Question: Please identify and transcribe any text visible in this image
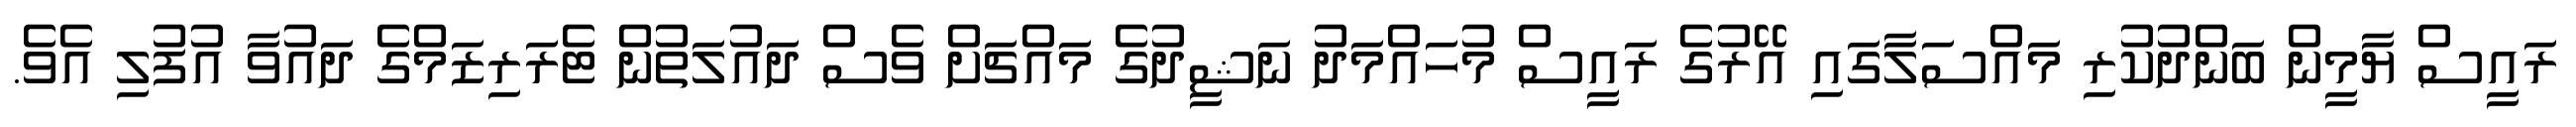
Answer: ރައީސް ޔާމީން ބަންދުކުރި މައްސަލާގައި އޭރުގެ ރައީސް މުހައްމަދު ނަޝީދުގެ މައްޗަށް ވެސް ދައުލަތުން ޓެރަރިޒަމްގެ ދައުވާ އުފުލި އެވެ.